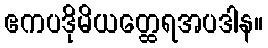
ဧကပဒိုမိယတ္ထေရအပဒါန။